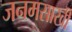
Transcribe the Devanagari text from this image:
जनमसाखी